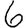
Digit: 6